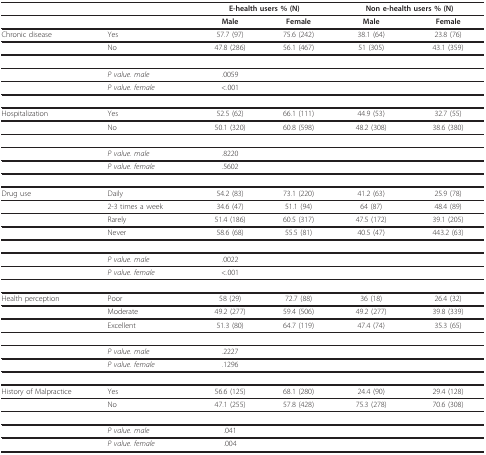
|  |  | <COLSPAN=2> E-health users % (N) | <COLSPAN=2> Non e-health users % (N) |
 | --- | --- | --- | --- | --- | --- |
 |  |  | Male | Female | Male | Female |
 | Chronic disease | Yes | 57.7 (97) | 75.6 (242) | 38.1 (64) | 23.8 (76) |
 |  | No | 47.8 (286) | 56.1 (467) | 51 (305) | 43.1 (359) |
 |  | P value. male | .0059 |  |  |  |
 |  | P value. female | <.001 |  |  |  |
 | Hospitalization | Yes | 52.5 (62) | 66.1 (111) | 44.9 (53) | 32.7 (55) |
 |  | No | 50.1 (320) | 60.8 (598) | 48.2 (308) | 38.6 (380) |
 |  | P value. male | .8220 |  |  |  |
 |  | P value. female | .5602 |  |  |  |
 | Drug use | Daily | 54.2 (83) | 73.1 (220) | 41.2 (63) | 25.9 (78) |
 |  | 2-3 times a week | 34.6 (47) | 51.1 (94) | 64 (87) | 48.4 (89) |
 |  | Rarely | 51.4 (186) | 60.5 (317) | 47.5 (172) | 39.1 (205) |
 |  | Never | 58.6 (68) | 55.5 (81) | 40.5 (47) | 443.2 (63) |
 |  | P value. male | .0022 |  |  |  |
 |  | P value. female | <.001 |  |  |  |
 | Health perception | Poor | 58 (29) | 72.7 (88) | 36 (18) | 26.4 (32) |
 |  | Moderate | 49.2 (277) | 59.4 (506) | 49.2 (277) | 39.8 (339) |
 |  | Excellent | 51.3 (80) | 64.7 (119) | 47.4 (74) | 35.3 (65) |
 |  | P value. male | .2227 |  |  |  |
 |  | P value. female | .1296 |  |  |  |
 | History of Malpractice | Yes | 56.6 (125) | 68.1 (280) | 24.4 (90) | 29.4 (128) |
 |  | No | 47.1 (255) | 57.8 (428) | 75.3 (278) | 70.6 (308) |
 |  | P value. male | .041 |  |  |  |
 |  | P value. female | .004 |  |  |  |